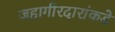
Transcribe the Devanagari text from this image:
जहागीरदारांकडे